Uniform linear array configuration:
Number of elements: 48
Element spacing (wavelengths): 0.5
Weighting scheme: exponential
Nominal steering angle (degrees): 60
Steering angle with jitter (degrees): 61.568
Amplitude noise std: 0.05
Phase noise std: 0.05

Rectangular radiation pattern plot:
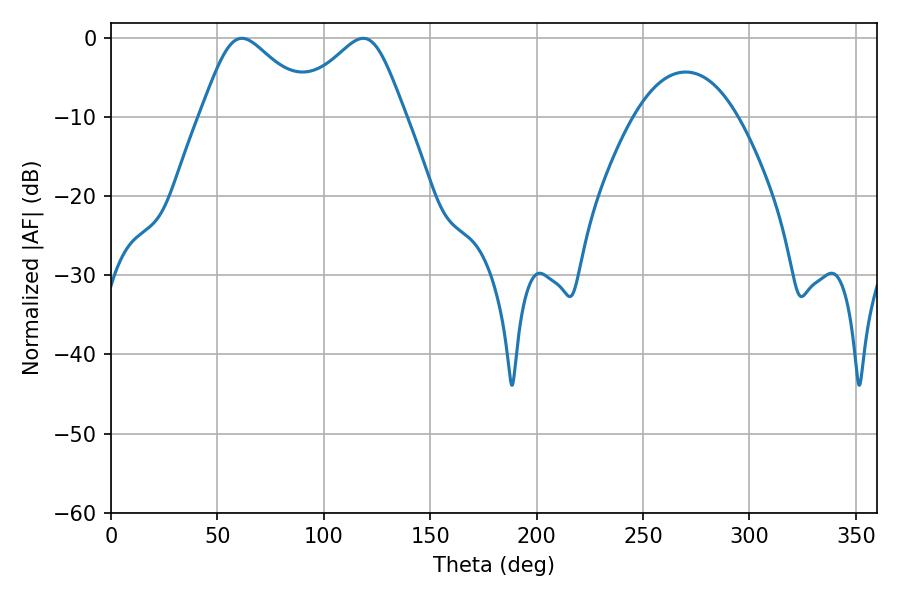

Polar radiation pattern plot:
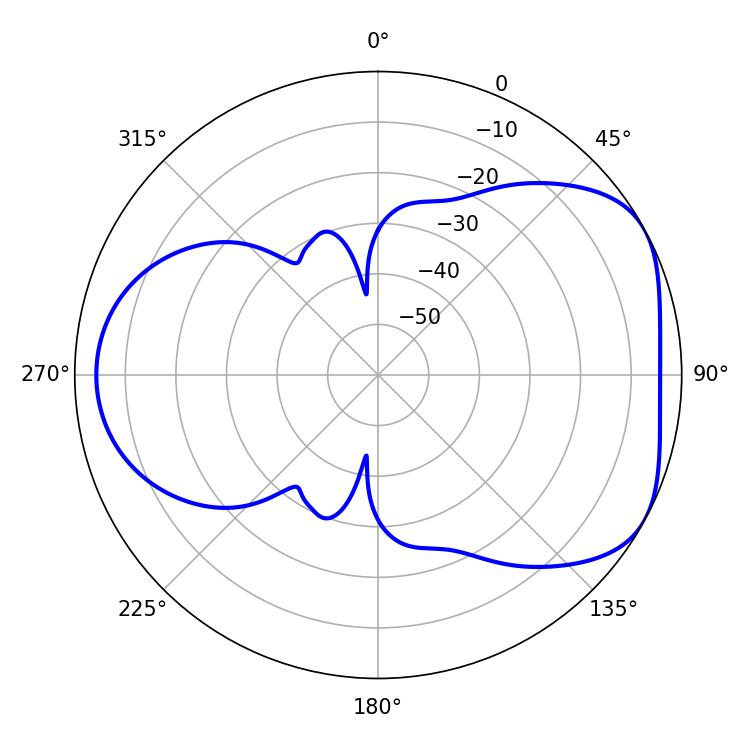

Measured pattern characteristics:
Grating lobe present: FALSE
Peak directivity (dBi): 4.805
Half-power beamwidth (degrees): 26.46
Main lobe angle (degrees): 61.56